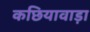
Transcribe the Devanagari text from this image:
कछियावाड़ा